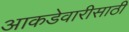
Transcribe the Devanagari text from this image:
आकडेवारीसाठी